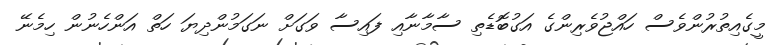
މީގެއިތުރުންވެސް ހައްޖުވެރިންގެ އަގުބޮޑެތި ސާމާނާއި ފައިސާ ވަގަށް ނަގަމުންދިޔަ ހަތް އަންހެނުން ހިމެނޭ